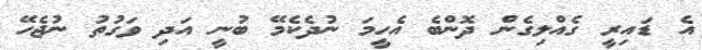
އެ ޑައިރީ ގެއްލިގެން ދޮންބެ އެހީމަ ނުދެކެމޭ ބުނީ އަދި ވަގުތު ނުޖެހޭ